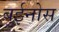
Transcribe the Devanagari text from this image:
बुईनोस